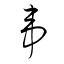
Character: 韋